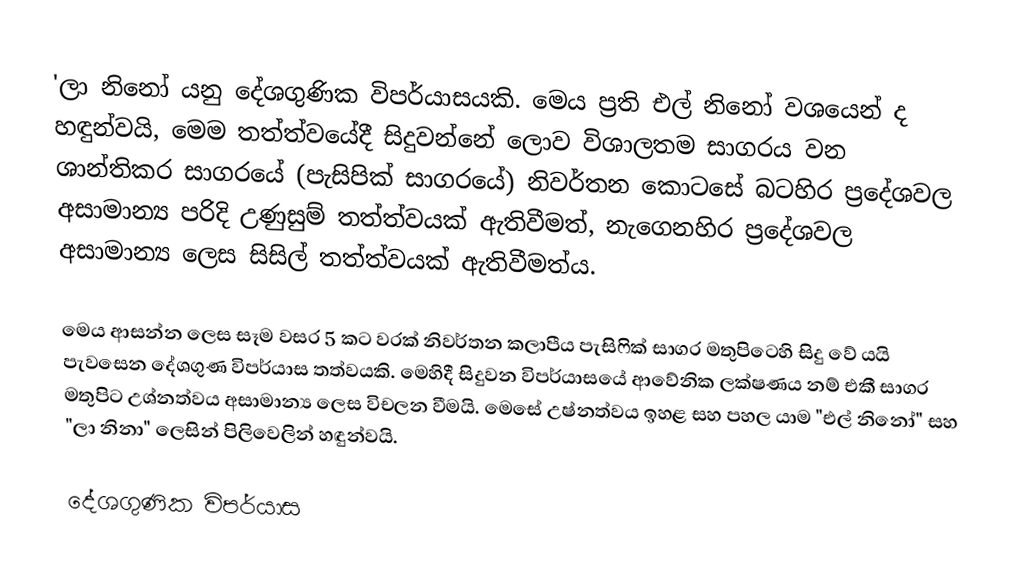
'ලා නිනෝ යනු දේශගුණික විපර්යාසයකි. මෙය ප්‍රති එල් නිනෝ වශයෙන් ද හඳුන්වයි, මෙම තත්ත්වයේදී සිදුවන්නේ ලොව විශාලතම සාගරය වන ශාන්තිකර සාගරයේ (පැසිපික් සාගරයේ) නිවර්තන කොටසේ බටහිර ප්‍රදේශවල අසාමාන්‍ය පරිදි උණුසුම් තත්ත්වයක්‌ ඇතිවීමත්, නැගෙනහිර ප්‍රදේශවල අසාමාන්‍ය ලෙස සිසිල් තත්ත්වයක්‌ ඇතිවීමත්ය.

මෙය ආසන්න ලෙස සෑම   වසර 5 කට වරක් නිවර්තන කලාපීය පැසිෆික් සාගර මතුපිටෙහි සිදු වේ යයි පැවසෙන දේශගුණ විපර්යාස තත්වයකි. මෙහිදී සිදුවන විපර්යාසයේ ආවේනික ලක්ෂණය නම් එකී සාගර මතුපිට උශ්නත්වය අසාමාන්‍ය ලෙස  විචලන වීමයි. මෙසේ උෂ්නත්වය ඉහළ සහ පහල යාම  "එල් නිනෝ" සහ "ලා නිනා" ලෙසින් පිලිවෙලින් හඳුන්වයි.

දේශගුණික විපර්යාස